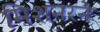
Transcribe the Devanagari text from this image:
मिशनरने